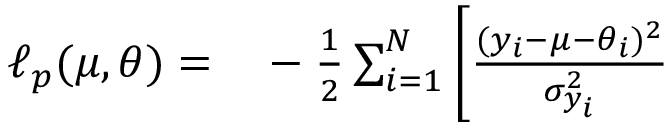
\begin{array} { r l } { \ell _ { p } ( \mu , \boldsymbol { \theta } ) = } & { { } - \frac { 1 } { 2 } \sum _ { i = 1 } ^ { N } \left[ \frac { ( y _ { i } - \mu - \theta _ { i } ) ^ { 2 } } { \sigma _ { y _ { i } } ^ { 2 } } \right. } \end{array}